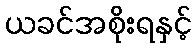
ယခင်အစိုးရနှင့်